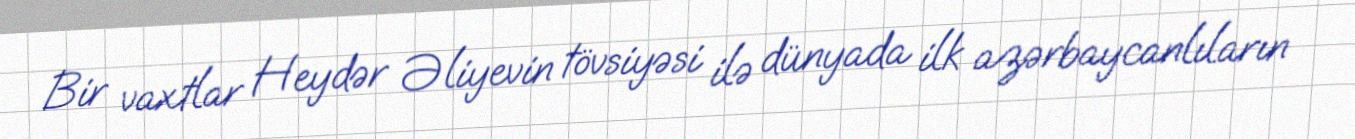
Bir vaxtlar Heydər Əliyevin tövsiyəsi ilə dünyada ilk azərbaycanlıların